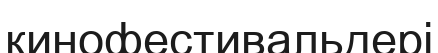
кинофестивальдері